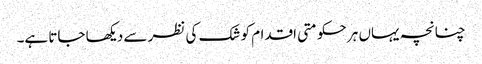
چنانچہ یہاں ہر حکومتی اقدام کو شک کی نظر سے دیکھا جاتا ہے۔